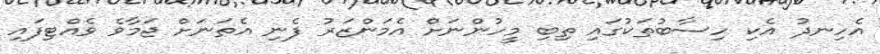
އެހިނދު އެކި ހިސާބުތަކުގައި ތިބި މީހުންނަށް އެމަންޒަރު ފެނި އެތަނަށް ޖަމާވެ ވެއްޓިފައި